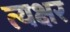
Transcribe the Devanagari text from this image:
त्यक्षर